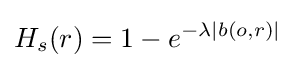
H_{s}(r)=1-e^{-\lambda |b(o,r)|}